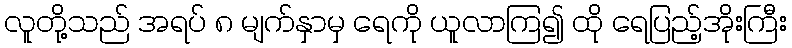
လူတို့သည် အရပ် ၈ မျက်နှာမှ ရေကို ယူလာကြ၍ ထို ရေပြည့်အိုးကြီး